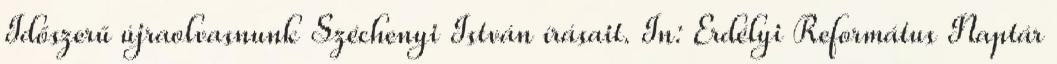
Időszerű újraolvasnunk Széchenyi István írásait. In: Erdélyi Református Naptár